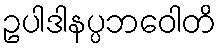
ဥပါဒါနပ္ပဘဝေါတိ